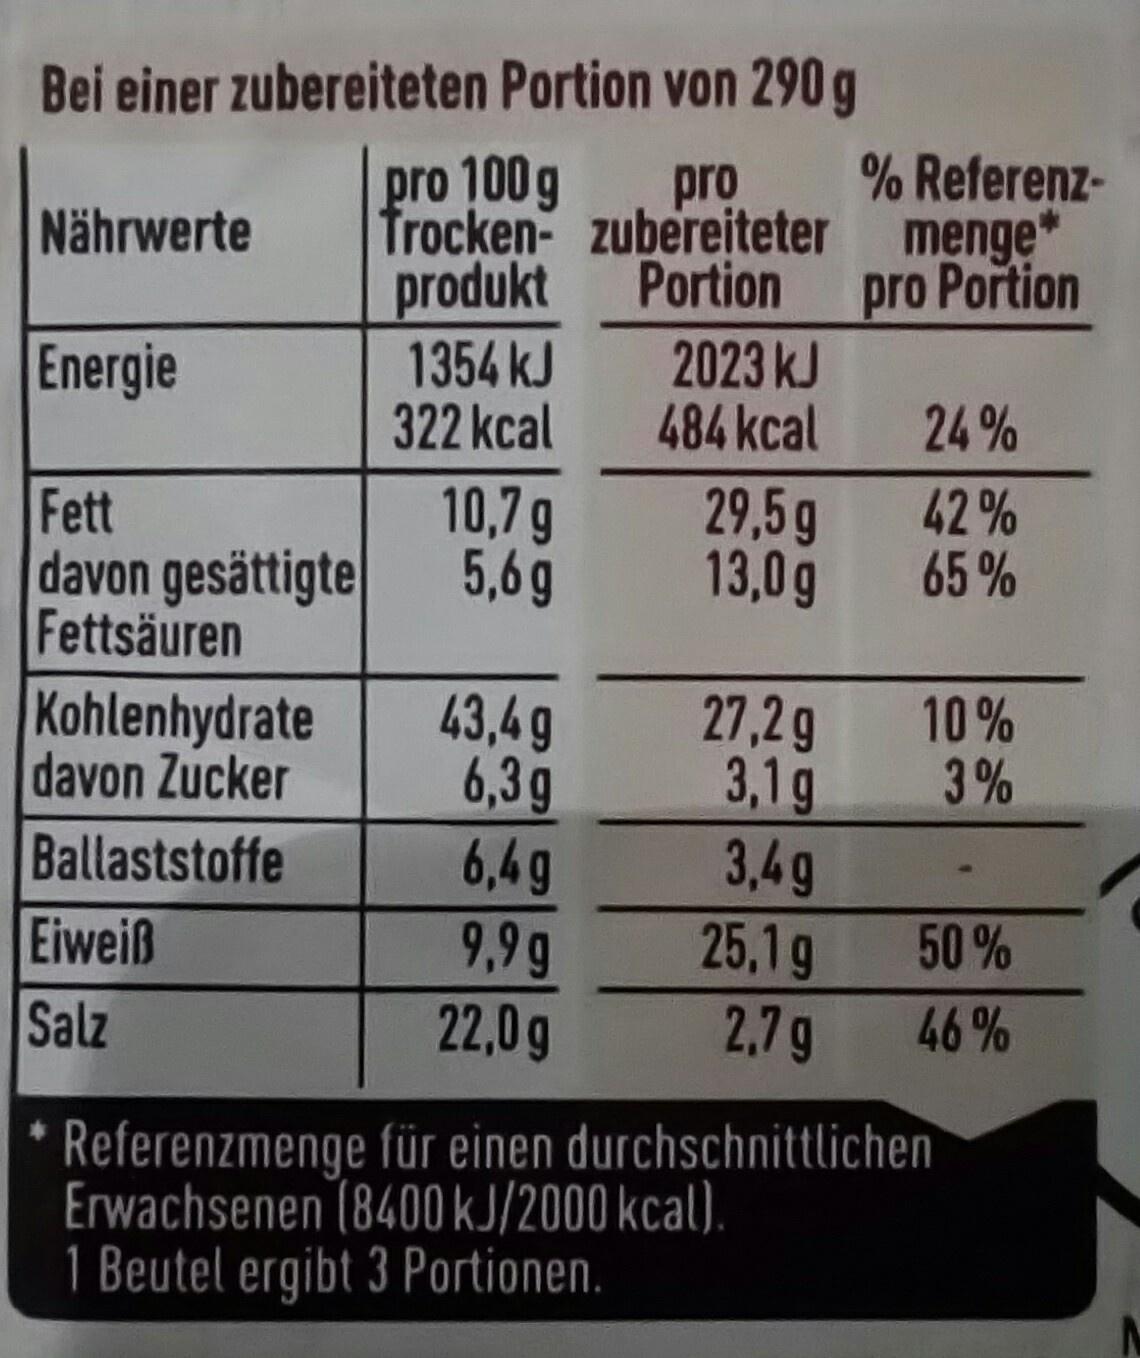
Bei einer zubereiteten Portion von 290 g
% Referenz-
pro frocken- zubereiteter menge" Portion
Nährwerte
produkt 1354 kJ 322 kcal
pro Portion
Energie
2023 kJ 484 kcal
24%
10,7 g 5,6g
29,5g 13,0g
42 % 65%
Fett davon gesättigte Fettsäuren Kohlenhydrate davon Zucker
10% 3%
43,4g 6,3g 6,4g
27,2 g 3,1g 3,4g 25,1g 2,7g
Ballaststoffe
50 %
Eiweiß Salz
9,9g 22,0g
46 %
Referenzmenge für einen durchschnittlichen Erwachsenen (8400 kJ/2000 kcal). 1 Beutel ergibt 3 Portionen.